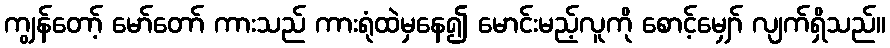
ကျွန်တော့် မော်တော် ကားသည် ကားရုံထဲမှနေ၍ မောင်းမည့်လူကို စောင့်မျှော် လျက်ရှိသည်။